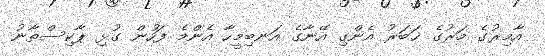
އާމިރުގެ މަރުގެ ޚަބަރު އެންގި އޭނާގެ އަނބިމީހާ އެންމެ ފަހުން ގުޅި ޕާކިސްތާނު